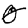
Digit: 5